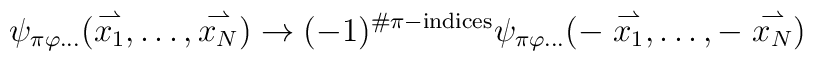
\psi_{\pi\varphi\ldots}	(\stackrel{\rightharpoonup}{x_1},\ldots,	 \stackrel{\rightharpoonup}{x_N})\rightarrow	(-1)^{\#\pi-{\rm indices}}\psi_{\pi\varphi\ldots}	(-\stackrel{\rightharpoonup}{x_1},\ldots,	 -\stackrel{\rightharpoonup}{x_N})